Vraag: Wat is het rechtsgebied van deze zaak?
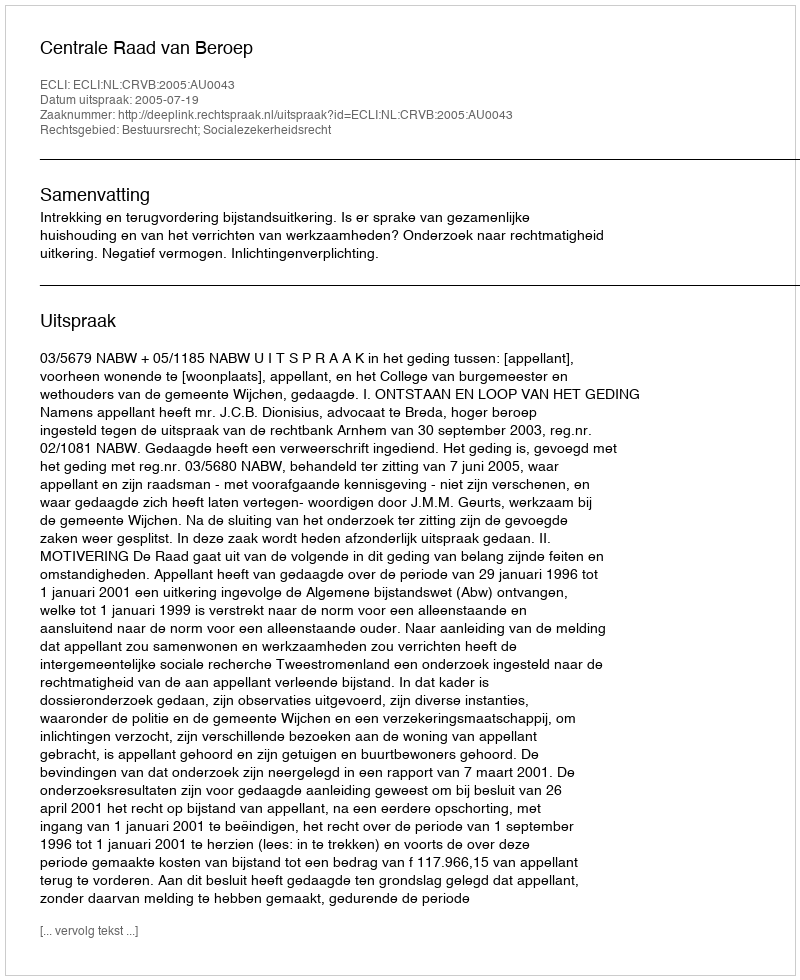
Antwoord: Bestuursrecht; Socialezekerheidsrecht